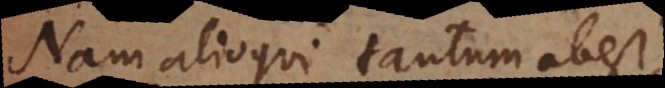
Nam alioqui tantum abest,